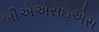
બીએએસઇએસ